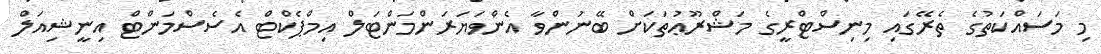
މި މަސައްކަތުގެ ތެރޭގައި މިނިސްޓްރީގެ މަޝްރޫޢުތަކަށް ބޭނުންވާ އެންވަޔަރަންމަންޓަލް އިމްޕެކްޓް އެސެސްމަންޓް އިނީޝިއަލް